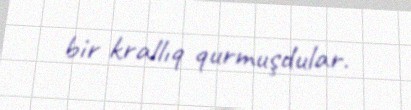
bir krallıq qurmuşdular.